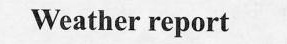
Weather report